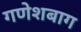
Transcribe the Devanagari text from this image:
गणेशबाग